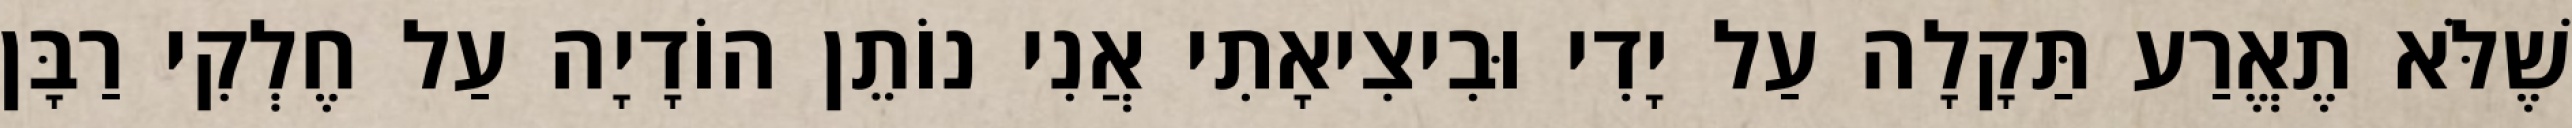
שֶׁלֹּא תֶאֱרַע תַּקָלָה עַל יָדִי וּבִיצִיאָתִי אֲנִי נוֹתֵן הוֹדָיָה עַל חֶלְקִי רַבָּן